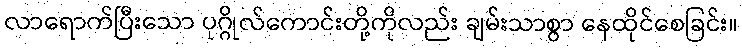
လာရောက်ပြီးသော ပုဂ္ဂိုလ်ကောင်းတို့ကိုလည်း ချမ်းသာစွာ နေထိုင်စေခြင်း။